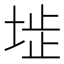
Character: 𡍍